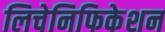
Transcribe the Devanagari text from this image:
लिचेनिफिकेशन